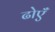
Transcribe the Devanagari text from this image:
ढोएँ